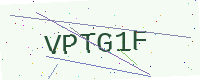
Text: VPTG1F